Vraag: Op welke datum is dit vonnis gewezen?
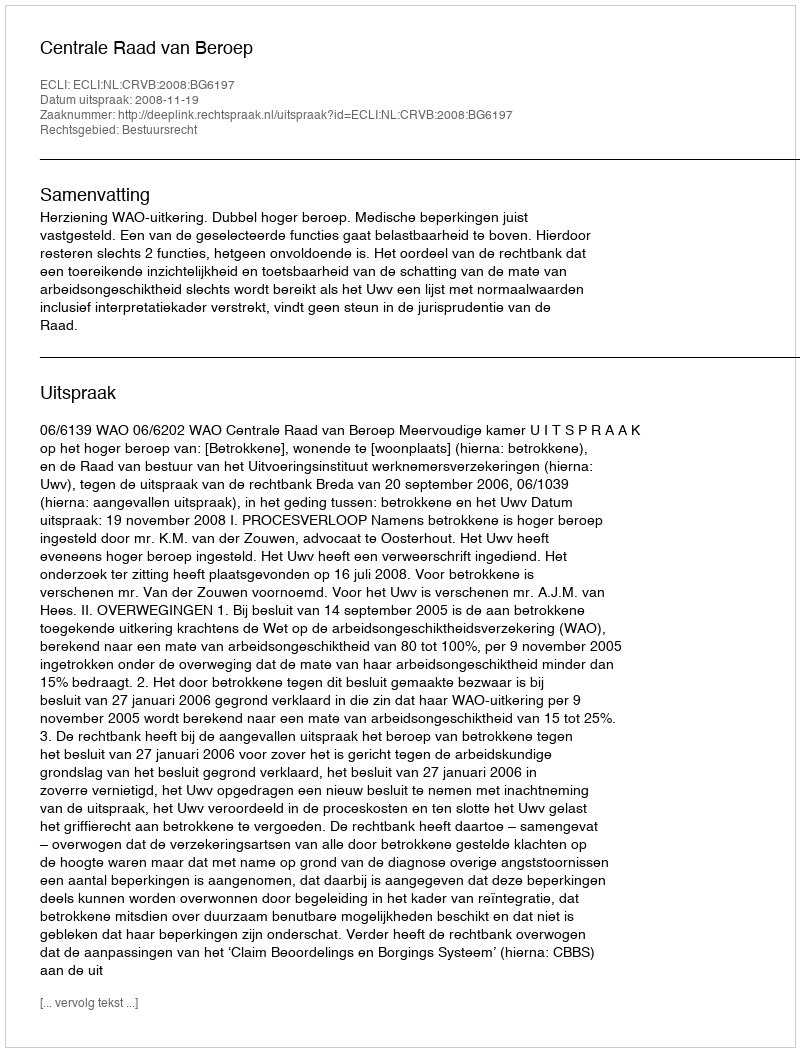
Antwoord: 2008-11-19